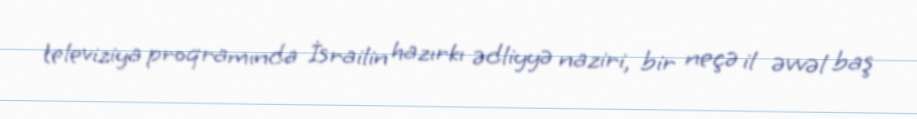
televiziya proqramında İsrailin hazırkı ədliyyə naziri, bir neçə il əvvəl baş